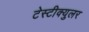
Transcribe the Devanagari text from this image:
टेस्टीक्युलर